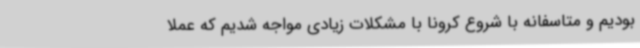
بودیم و متاسفانه با شروع کرونا با مشکلات زیادی مواجه شدیم که عملا